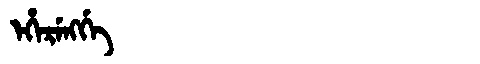
Manchu: ᡝᡥᡝᡵᡝᠩᡤᡝ
Romanization: EHERENGGE